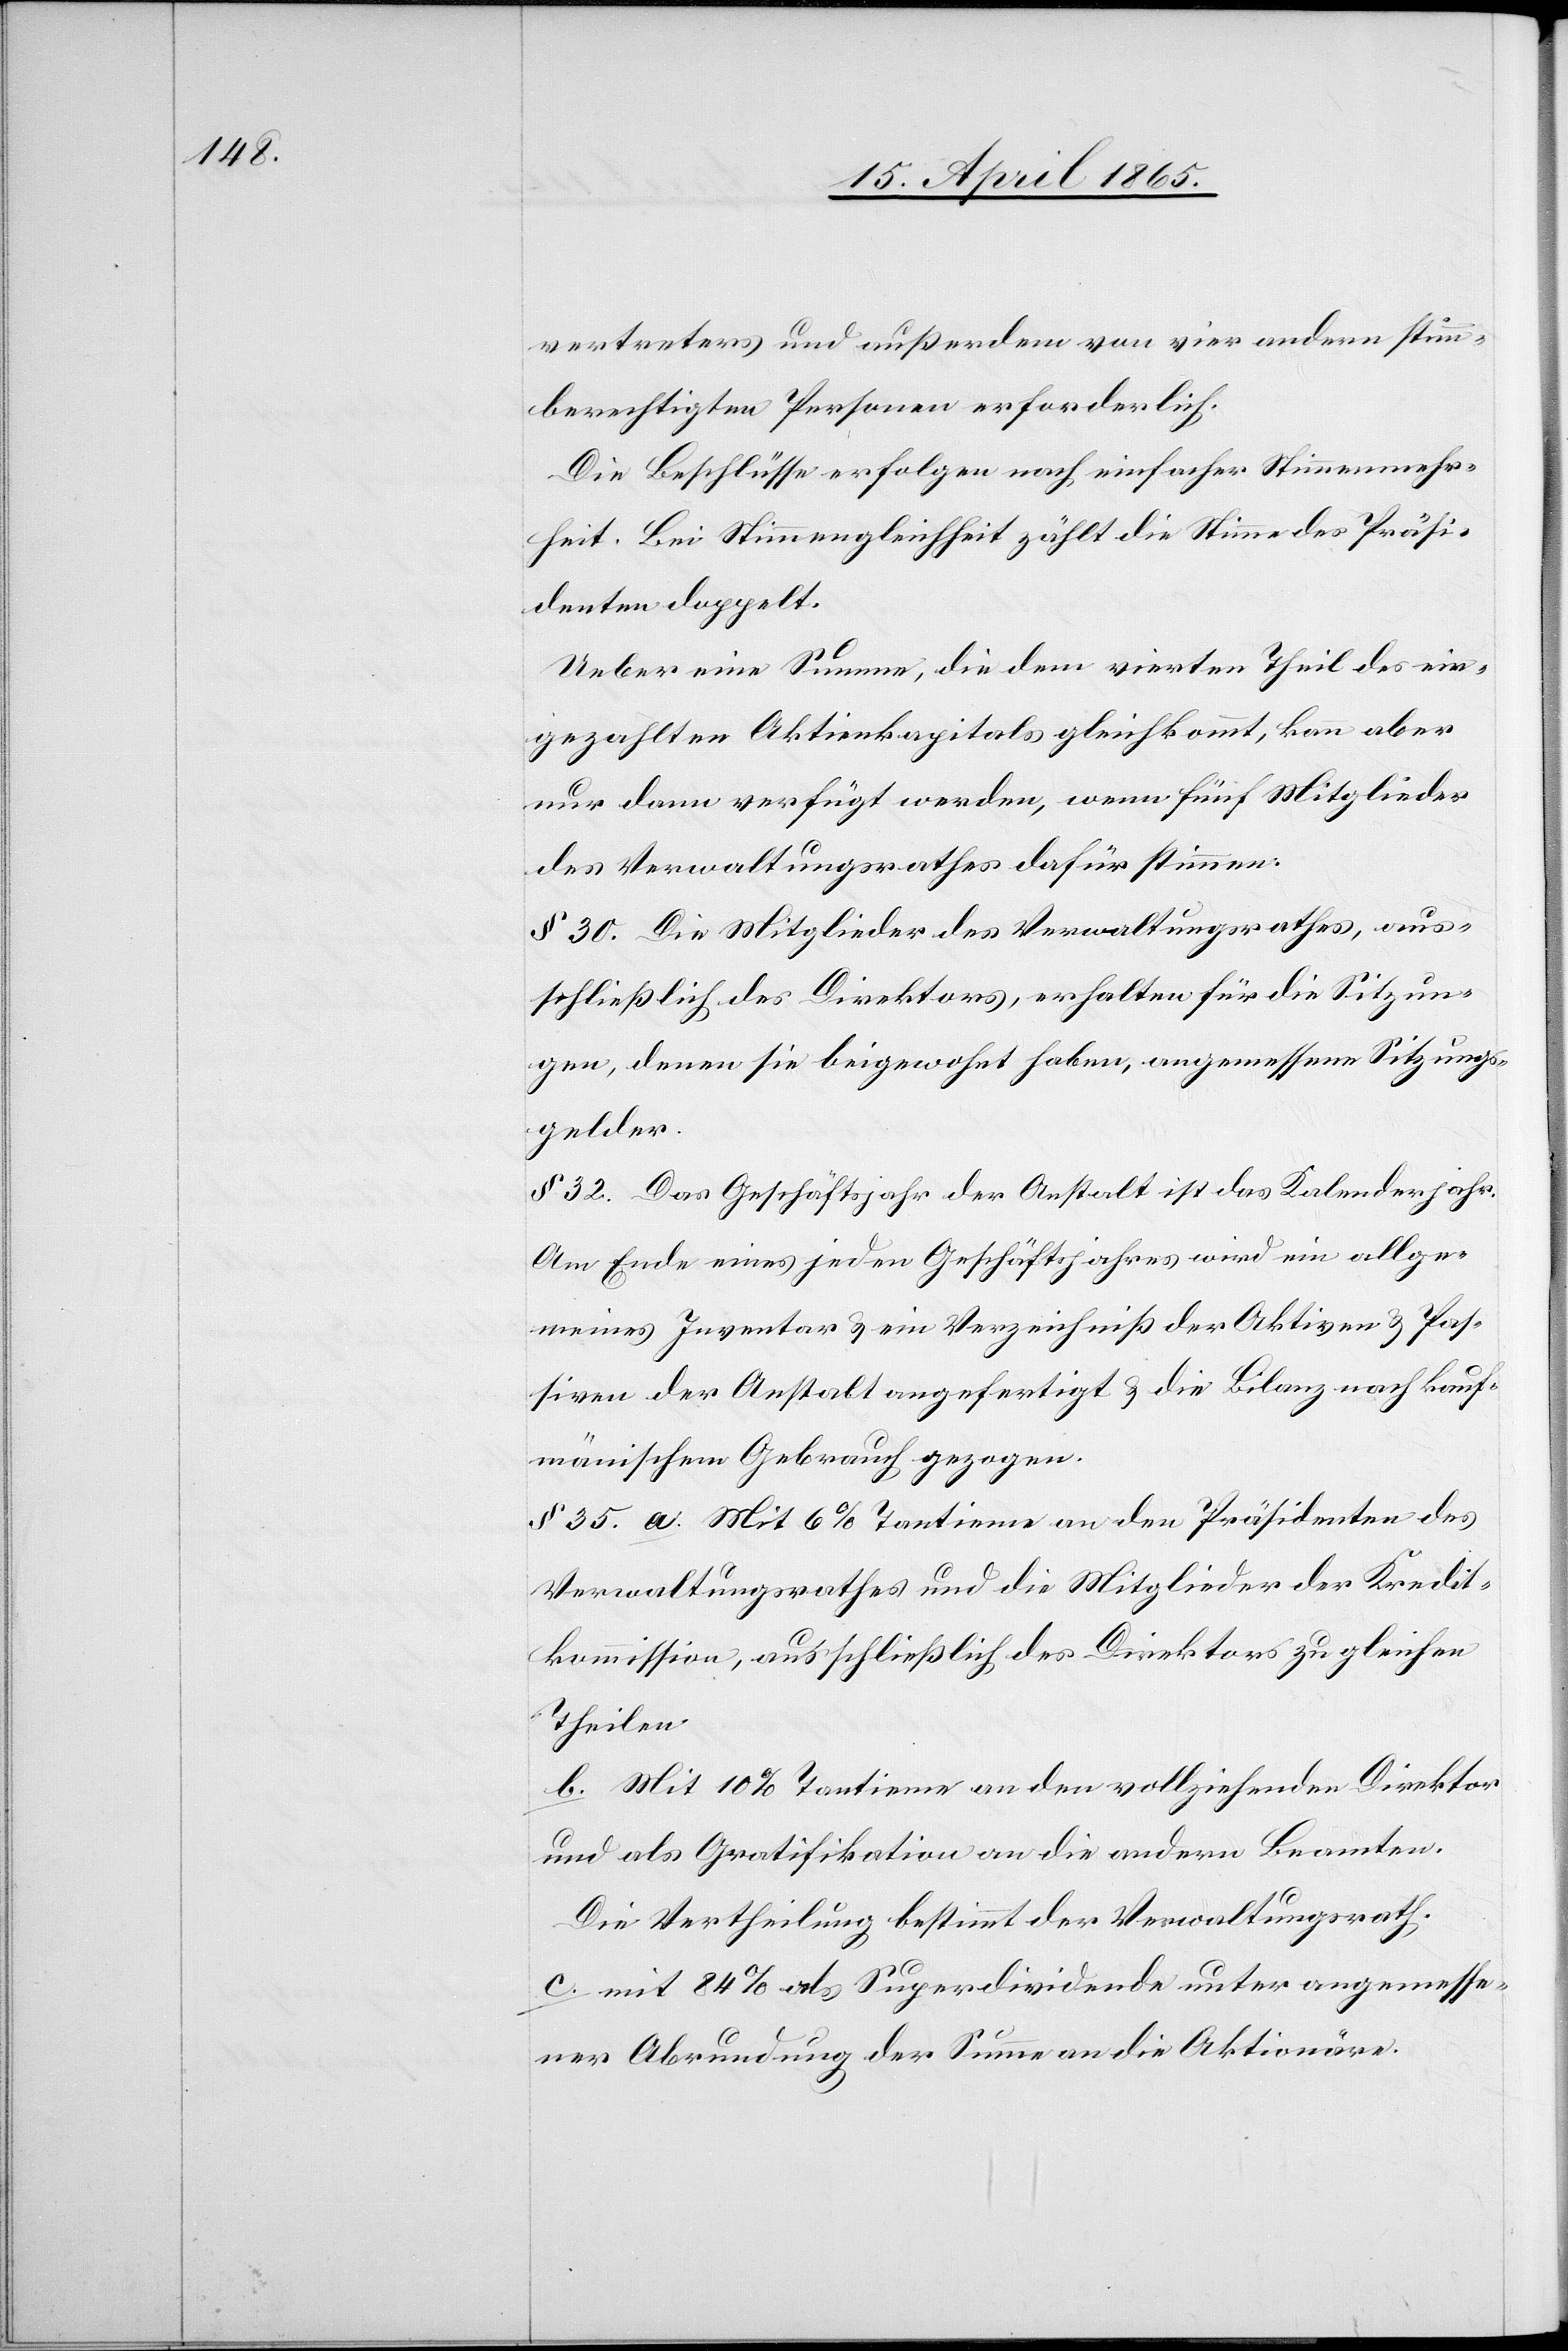
vertreters und außerdem von vier andern stimm¬
berechtigten Personen erforderlich.
Die Beschlüsse erfolgen nach einfacher Stimmenmehr¬
heit. Bei Stimmengleichheit zählt die Stimme des Präsi¬
denten doppelt.
Ueber eine Summe, die dem vierten Theil des ein¬
gezahlten Aktienkapitals gleichkommt, kann aber
nur dann verfügt werden, wenn fünf Mitglieder
des Verwaltungsrathes dafür stimmen.
§ 30. Die Mitglieder des Verwaltungsrathes, aus¬
schließlich des Direktors, erhalten für die Sitzun¬
gen, denen sie beigewohnt haben, angemessene Sitzungs¬
gelder.
§ 32. Das Geschäftsjahr der Anstalt ist das Kalenderjahr.
Am Ende eines jeden Geschäftsjahres wird ein allge¬
meines Inventar & ein Verzeichniß der Aktiven & Pas¬
siven der Anstalt angefertigt & die Bilanz nach kauf¬
mänischem Gebrauch gezogen.
§ 35. a. Mit 6 % Tantieme an den Präsidenten des
Verwaltungsrathes und die Mitglieder der Kredit¬
kommission, ausschließlich des Direktors zu gleichen
Theilen.
b. Mit 10 % Tantieme an den vollziehenden Direktor
und als Gratifikation an die andern Beamten.
Die Vertheilung bestimmt der Verwaltungsrath.
c. mit 84 % als Superdividende unter angemesse¬
ner Abrundung der Summe an die Aktionäre.